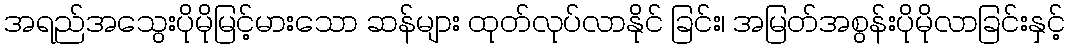
အရည်အသွေးပိုမိုမြင့်မားသော ဆန်များ ထုတ်လုပ်လာနိုင် ခြင်း၊ အမြတ်အစွန်းပိုမိုလာခြင်းနှင့်